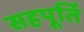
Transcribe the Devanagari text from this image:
सहपूर्ति